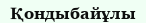
Қондыбайұлы